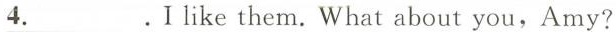
\underline{4.}}I like them. What about you,Amy?